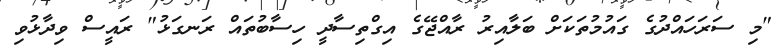
"މި ސަރަހައްދުގެ ގައުމުތަކަށް ބަލާއިރު ރާއްޖޭގެ އިގްތިސާދީ ހިސާބުތައް ރަނގަޅު" ރައީސް ވިދާޅުވި